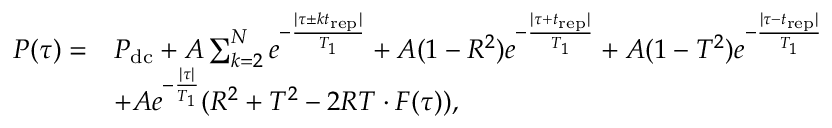
\begin{array} { r l } { P ( \tau ) = } & { P _ { \mathrm { d c } } + A \sum _ { k = 2 } ^ { N } { e ^ { - \frac { | \tau \pm k t _ { \mathrm { r e p } } | } { T _ { 1 } } } } + A ( 1 - R ^ { 2 } ) e ^ { - \frac { | \tau + t _ { \mathrm { r e p } } | } { T _ { 1 } } } + A ( 1 - T ^ { 2 } ) e ^ { - \frac { | \tau - t _ { \mathrm { r e p } } | } { T _ { 1 } } } } \\ & { + A e ^ { - \frac { | \tau | } { T _ { 1 } } } ( R ^ { 2 } + T ^ { 2 } - 2 R T \cdot F ( \tau ) ) , } \end{array}